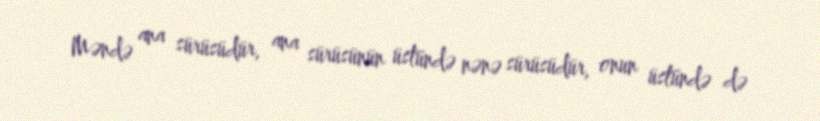
Məndə ana sürüsüdür, ana sürüsünün üstündə nənə sürüsüdür, onun üstündə də